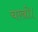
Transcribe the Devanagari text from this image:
चखो।